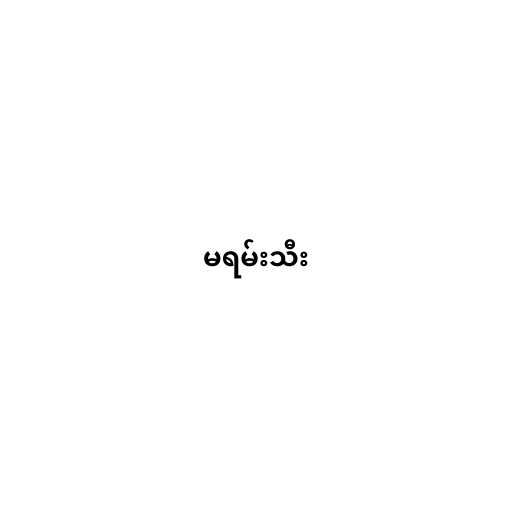
မရမ်းသီး